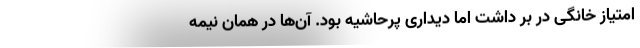
امتیاز خانگی در بر داشت اما دیداری پرحاشیه بود. آن‌ها در همان نیمه